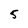
Character: 5